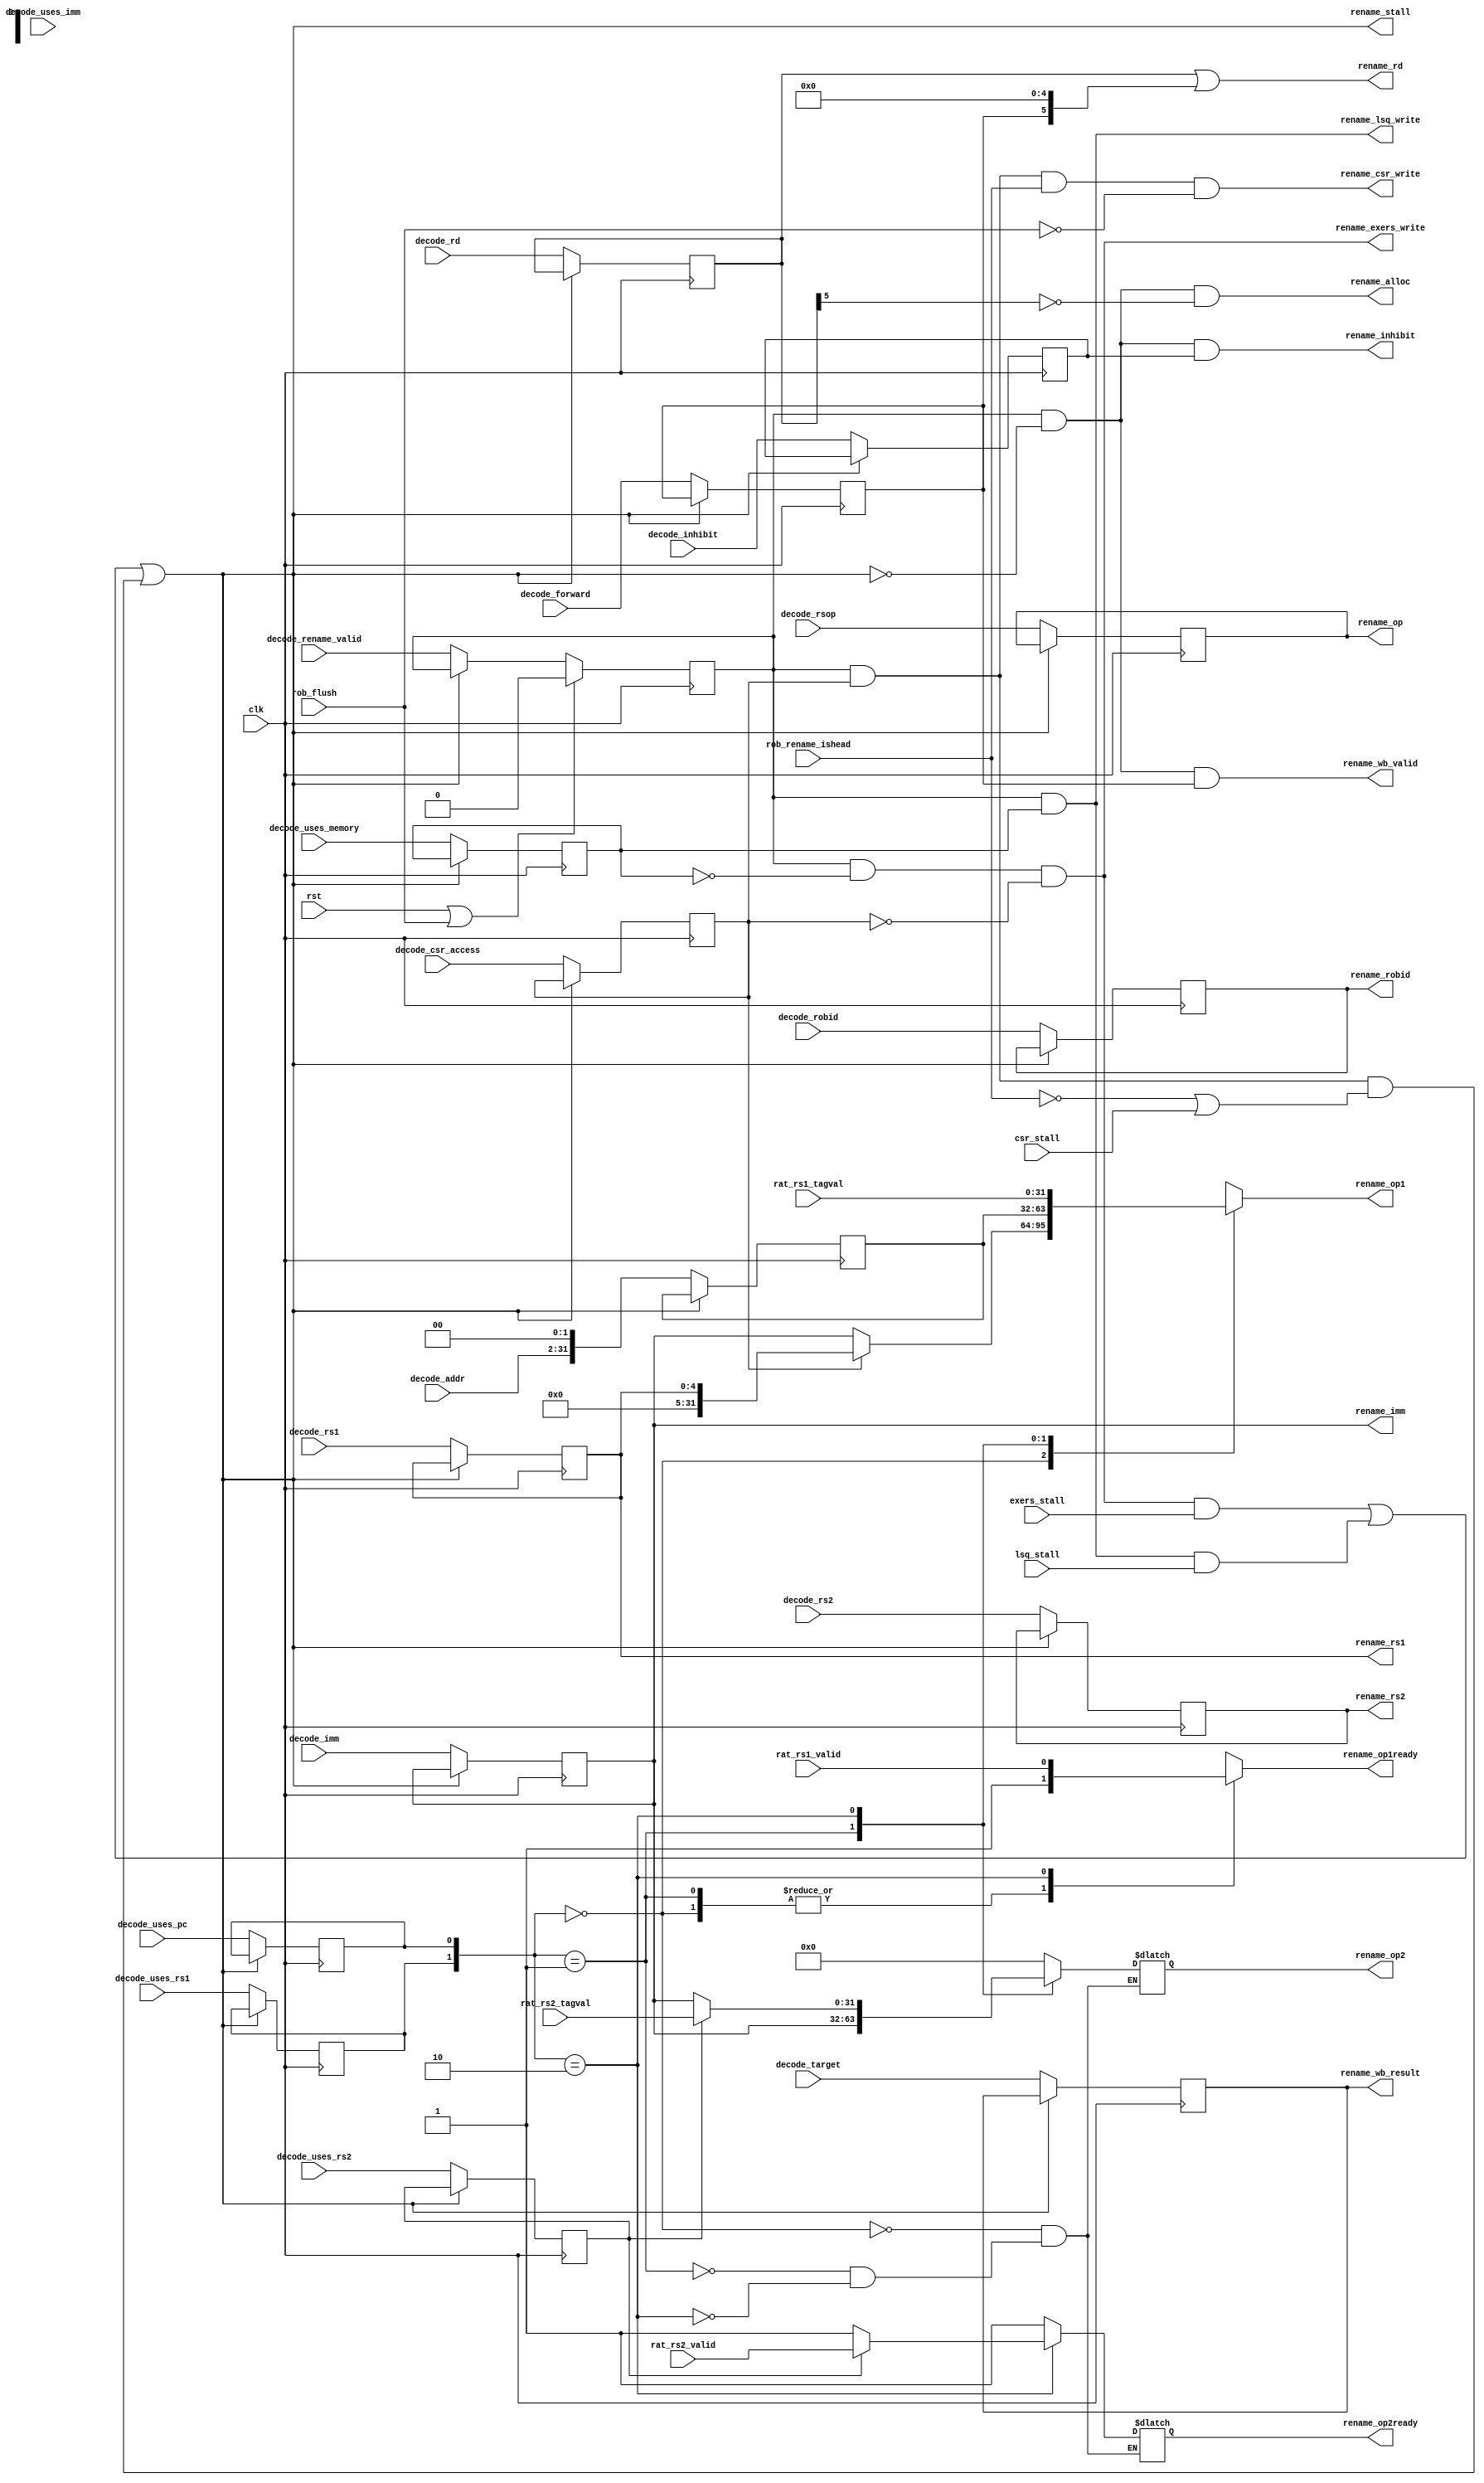
// register rename and instruction dispatch unit
module rename(
  input            clk,
  input            rst,

  // decode interface
  input            decode_rename_valid,
  input [31:2]     decode_addr,
  input [4:0]      decode_rsop,
  input [6:0]      decode_robid,
  input [5:0]      decode_rd,
  input            decode_uses_rs1,
  input            decode_uses_rs2,
  input            decode_uses_imm,
  input            decode_uses_memory,
  input            decode_uses_pc,
  input            decode_csr_access,
  input            decode_forward,
  input            decode_inhibit,
  input [31:2]     decode_target,
  input [4:0]      decode_rs1,
  input [4:0]      decode_rs2,
  input [31:0]     decode_imm,
  output reg       rename_stall,  

  // rat interface
  output reg [4:0] rename_rs1,
  output reg [4:0] rename_rs2,
  output reg       rename_alloc,
  input            rat_rs1_valid,
  input [31:0]     rat_rs1_tagval,
  input            rat_rs2_valid,
  input [31:0]     rat_rs2_tagval,

  // common rat/dispatch/wb signals
  output reg [5:0]  rename_rd,
  output reg [6:0]  rename_robid,

  // exers/lsq/csr interface
  output reg       rename_exers_write,
  output reg       rename_lsq_write,
  output reg       rename_csr_write,
  output reg [4:0] rename_op, 
  output reg       rename_op1ready,
  output reg [31:0] rename_op1,
  output reg       rename_op2ready,
  output reg [31:0] rename_op2,
  output reg [31:0] rename_imm, 
  input            exers_stall,
  input            lsq_stall,
  input            csr_stall,

  // wb interface
  output reg        rename_wb_valid,
  output reg [31:2] rename_wb_result,

  // rob interface
  input             rob_flush,
  input             rob_rename_ishead,
  output reg        rename_inhibit);

  // decode signals
  reg valid;
  reg stall;
  reg [6:0] robid;
  reg [31:0] addr;
  reg [4:0] op;
  reg [5:0] rd;
  reg uses_rs1;
  reg uses_rs2;
  reg uses_imm;
  reg uses_memory;
  reg uses_pc;
  reg csr_access;
  reg forward;
  reg inhibit;
  reg [31:2] result;
  reg [4:0] rs1;
  reg [4:0] rs2;
  reg [31:0] imm;

  always @(posedge clk) begin
    if (!rename_stall) begin
      valid <= decode_rename_valid;
      robid <= decode_robid;
      addr <= {decode_addr, 2'b00};
      op <= decode_rsop;
      rd <= decode_rd;
      uses_rs1 <= decode_uses_rs1;
      uses_rs2 <= decode_uses_rs2;
      uses_imm <= decode_uses_imm;
      uses_memory <= decode_uses_memory;
      uses_pc <= decode_uses_pc;
      csr_access <= decode_csr_access;
      forward <= decode_forward;
      inhibit <= decode_inhibit;
      result <= decode_target;
      rs1 <= decode_rs1;
      rs2 <= decode_rs2;
      imm <= decode_imm;
    end
    
    if (rst | rob_flush) begin
      // invalidate stage
      valid <= 0;
    end
  end


  always @(*) begin
    // reservation stations seq
    rename_lsq_write = valid & uses_memory;
    rename_exers_write = valid & (~uses_memory) & (~csr_access); 
    rename_csr_write = valid & csr_access & rob_rename_ishead & ~rob_flush;
    rename_op = op;
    rename_robid = robid;
    rename_rd = rd | {forward,5'b0}; // inhibit uses_rd if forwarding
      
    // OP generation
    casez ({uses_rs1, uses_pc})
      // LUI, CSR Imm
      2'b00: begin
        rename_op1ready = 1;
        rename_op1 = (csr_access ? {27'b0, rs1} : imm);
        rename_op2ready = 1;
        rename_op2 = 0;
      end
      // AUIPC
      2'b01: begin
        rename_op1ready = 1;
        rename_op1 = addr;
        rename_op2ready = 1;
        rename_op2 = imm;
      end
      // Most instructions
      2'b10: begin
        rename_op1ready = rat_rs1_valid;
        rename_op1 = rat_rs1_tagval;
        casez ({uses_rs2, uses_imm})
          // OP/I, LD, CSR
          2'b01: begin
            rename_op2ready = 1;
            rename_op2 = imm;
          end
          // OP, ST
          2'b1?: begin
            rename_op2ready = rat_rs2_valid;
            rename_op2 = rat_rs2_tagval;
          end
          // N/A
          default: begin
            rename_op2ready = 1'bx;
            rename_op2 = 32'bx;
          end
        endcase
      end
      // N/A
      default: begin
        rename_op1ready = 1'bx;
        rename_op1 = 32'bx;
      end
    endcase

    rename_imm = imm;
    
    // stall combinational
    rename_stall = (rename_exers_write & exers_stall) |
                   (rename_lsq_write & lsq_stall) |
                   (valid & csr_access & (~rob_rename_ishead | csr_stall));

    rename_rs1 = rs1;
    rename_rs2 = rs2;

    // delay tag allocation until dispatch
    rename_alloc = valid & ~rename_stall & ~rd[5];

    // if forwarding, send result to wb during tag allocation
    rename_wb_valid = valid & ~rename_stall & forward;
    rename_wb_result = result;

    // if both forwarding and dispatching, tell rob to ignore next wb cycle
    // (the forwarded data was already written to the rob target field in decode)
    rename_inhibit = valid & ~rename_stall & inhibit;
  end
  

endmodule